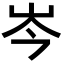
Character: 岑